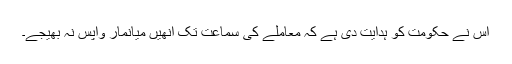
اس نے حکومت کو ہدایت دی ہے کہ معاملے کی سماعت تک انھیں میانمار واپس نہ بھیجے۔